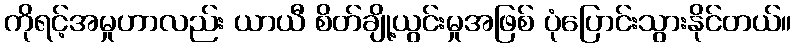
ကိုရင့်အမှုဟာလည်း ယာယီ စိတ်ချို့ယွင်းမှုအဖြစ် ပုံပြောင်းသွားနိုင်တယ်။